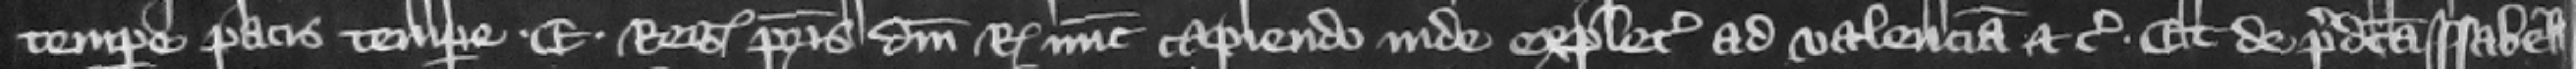
tempore pacis tempore E. regis patris domini regis nunc capiendo inde expletia ad valenciam etc. Et de predicta Isabella